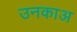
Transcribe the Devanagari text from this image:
उनकाअ